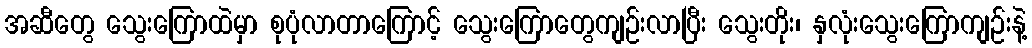
အဆီတွေ သွေးကြောထဲမှာ စုပုံလာတာကြောင့် သွေးကြောတွေကျဉ်းလာပြီး သွေးတိုး၊ နှလုံးသွေးကြောကျဉ်းနဲ့